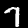
Label: 7